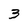
Character: 3